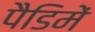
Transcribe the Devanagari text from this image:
पैडिमें